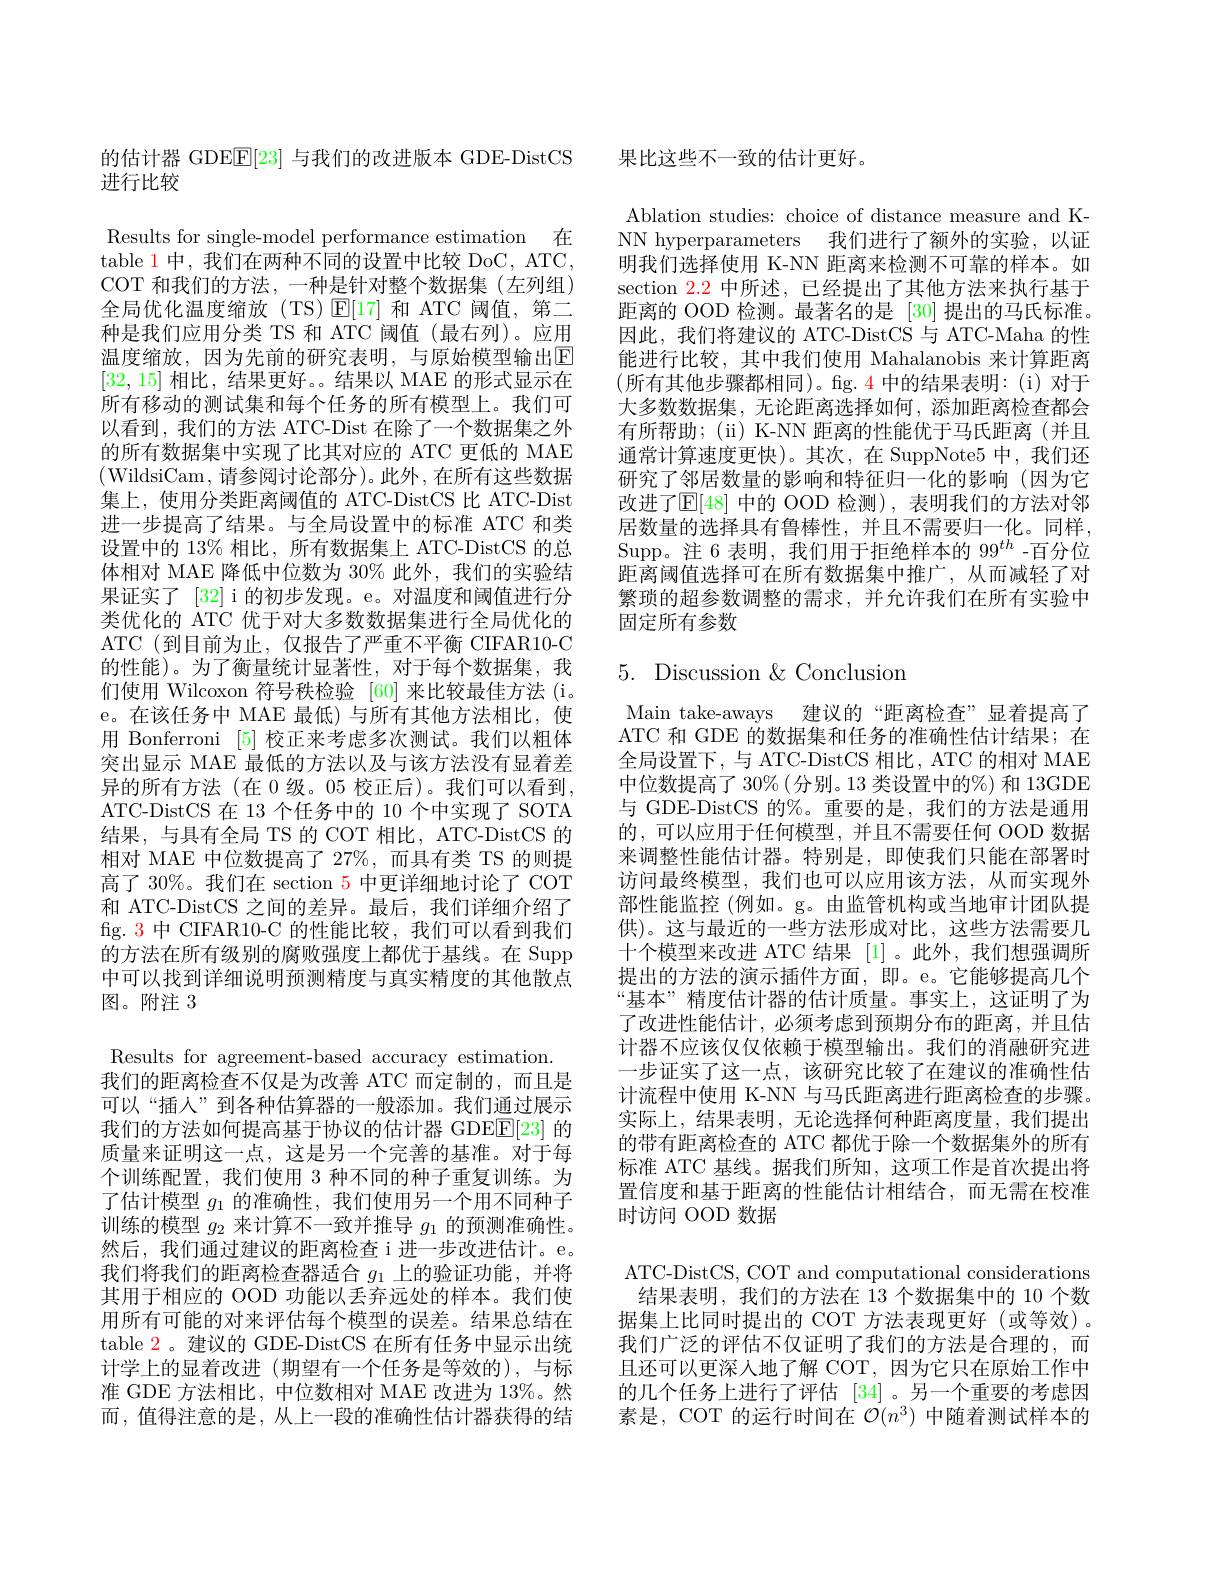
的估计器 GDE$\mathbb{E}[23]$与我们的改进版本 GDE-DistCS
进行比较

Results for single-model performance estimation 在table 1 中，我们在两种不同的设置中比较 DoC, ATC, COT 和我们的方法，一种是针对整个数据集(左列组) 全局优化温度缩放(TS)$\operatorname{E}[17]$和 ATC 阈值，第二种是我们应用分类 TS 和 ATC 阈值(最右列)。应用温度缩放，因为先前的研究表明，与原始模型输出$\mathbb{E}$ [32,15]相比，结果更好。。结果以 MAE 的形式显示在所有移动的测试集和每个任务的所有模型上。我们可以看到，我们的方法 ATC-Dist 在除了一个数据集之外的所有数据集中实现了比其对应的 ATC 更低的 MAE (WildsiCam,请参阅讨论部分)。此外，在所有这些数据集上，使用分类距离阈值的 ATC-DistCS 比 ATC-Dist 进一步提高了结果。与全局设置中的标准 ATC 和类设置中的 13% 相比，所有数据集上 ATC-DistCS 的总体相对 MAE 降低中位数为 30% 此外，我们的实验结果证实了[32] i 的初步发现。e。对温度和阈值进行分类优化的 ATC 优于对大多数数据集进行全局优化的ATC(到目前为止，仅报告了严重不平衡 CIFAR10-C 的性能)。为了衡量统计显著性，对于每个数据集，我们使用 Wilcoxon 符号秩检验 [60] 来比较最佳方法 (i。e。在该任务中 MAE 最低)与所有其他方法相比，使用 Bonferroni [5] 校正来考虑多次测试。我们以粗体突出显示 MAE 最低的方法以及与该方法没有显着差异的所有方法(在 0 级。05 校正后)。我们可以看到， ATC-DistCS 在 13 个任务中的 10 个中实现了 SOTA 结果，与具有全局 TS 的 COT 相比，ATC-DistCS 的相对 MAE 中位数提高了 27%,而具有类 TS 的则提高了 30%。我们在 section 5 中更详细地讨论了 COT 和 ATC-DistCS 之间的差异。最后，我们详细介绍了fig. 3 中 CIFAR10-C 的性能比较，我们可以看到我们的方法在所有级别的腐败强度上都优于基线。在 Supp 中可以找到详细说明预测精度与真实精度的其他散点图。附注 3

Results for agreement-based accuracy estimation.
我们的距离检查不仅是为改善 ATC 而定制的，而且是可以“插人”到各种估算器的一般添加。我们通过展示我们的方法如何提高基于协议的估计器 GDEE[23] 的质量来证明这一点，这是另一个完善的基准。对于每个训练配置，我们使用 3 种不同的种子重复训练。为了估计模型$g_1$的准确性，我们使用另一个用不同种子训练的模型$g_2$来计算不一致并推导$g_1$的预测准确性。然后，我们通过建议的距离检查i进一步改进估计。e。我们将我们的距离检查器适合$g_1$上的验证功能，并将其用于相应的 OOD 功能以丢弃远处的样本。我们使用所有可能的对来评估每个模型的误差。结果总结在table 2。建议的 GDE-DistCS 在所有任务中显示出统计学上的显着改进(期望有一个任务是等效的),与标准 GDE 方法相比，中位数相对 MAE 改进为 13%。然而，值得注意的是，从上一段的准确性估计器获得的结

果比这些不一致的估计更好。

Ablation studies: choice of distance measure and KNN hyperparameters 我们进行了额外的实验，以证明我们选择使用 K-NN 距离来检测不可靠的样本。如section $\color{red}{2.2}$中所述，已经提出了其他方法来执行基于距离的 OOD 检测。最著名的是 [30] 提出的马氏标准。因此，我们将建议的 ATC-DistCS 与 ATC-Maha 的性能进行比较，其中我们使用 Mahalanobis 来计算距离(所有其他步骤都相同)。fg. 4 中的结果表明：(i) 对于大多数数据集，无论距离选择如何，添加距离检查都会有所帮助；(ii) K-NN 距离的性能优于马氏距离(并且通常计算速度更快)。其次，在 SuppNote5 中，我们还研究了邻居数量的影响和特征归一化的影响(因为它改进了$\mathbb{E}[48]$ 中的 OOD 检测),表明我们的方法对邻居数量的选择具有鲁棒性，并且不需要归一化。同样， Supp。注 6 表明，我们用于拒绝样本的 99$^{th}$ -百分位距离阈值选择可在所有数据集中推广，从而减轻了对繁琐的超参数调整的需求，并允许我们在所有实验中固定所有参数

# 5. Discussion & Conclusion

Main take-aways 建议的“距离检查”显着提高了ATC 和 GDE 的数据集和任务的准确性估计结果；在全局设置下，与 ATC-DistCS 相比，ATC 的相对 MAE 中位数提高了 30%(分别。13 类设置中的%) 和 13GDE 与 GDE-DistCS 的%。重要的是，我们的方法是通用的，可以应用于任何模型，并且不需要任何 OOD 数据来调整性能估计器。特别是，即使我们只能在部署时访问最终模型，我们也可以应用该方法，从而实现外部性能监控 (例如。g。由监管机构或当地审计团队提供)。这与最近的一些方法形成对比，这些方法需要几十个模型来改进 ATC 结果[1]。此外，我们想强调所提出的方法的演示插件方面，即。e。它能够提高几个“基本”精度估计器的估计质量。事实上，这证明了为了改进性能估计，必须考虑到预期分布的距离，并且估计器不应该仅仅依赖于模型输出。我们的消融研究进一步证实了这一点，该研究比较了在建议的准确性估计流程中使用 K-NN 与马氏距离进行距离检查的步骤。实际上，结果表明，无论选择何种距离度量，我们提出的带有距离检查的 ATC 都优于除一个数据集外的所有标准 ATC 基线。据我们所知，这项工作是首次提出将置信度和基于距离的性能估计相结合，而无需在校准时访问 OOD 数据

ATC-DistCS, COT and computational considerations 结果表明，我们的方法在 13 个数据集中的 10 个数
据集上比同时提出的 COT 方法表现更好(或等效)。我们广泛的评估不仅证明了我们的方法是合理的，而且还可以更深人地了解 COT,因为它只在原始工作中的几个任务上进行了评估 [34]。另一个重要的考虑因素是，COT 的运行时间在$\mathcal{O}(n^3)$中随着测试样本的